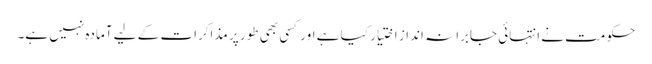
حکومت نے انتہائی جابرانہ انداز اختیار کیا ہے اور کسی بھی طور پر مذاکرات کے لیے آمادہ نہیں ہے۔